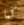
كما